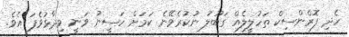
ހެދި ފޮރެންސިކް ތަހުލީލެއް ގަބޫލު ނުކުރެވޭނެ ކަމަށް ހަސީނު ވަނީ ވިދާޅުވެފަ އެވެ.